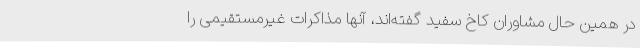
در همین حال مشاوران کاخ سفید گفته‌اند، آنها مذاکرات غیرمستقیمی را